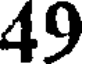
49